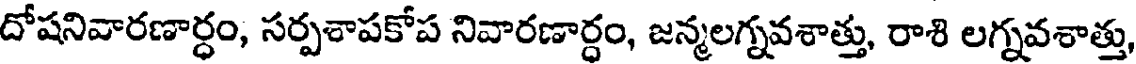
దోషనివారణార్ధం, సర్పశాపకోప నివారణార్ధం, జన్మలగ్నవశాత్తు, రాశి లగ్నవశాత్తు